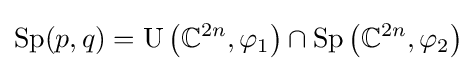
\mathrm {Sp} (p,q)=\mathrm {U} \left(\mathbb {C} ^{2n},\varphi _{1}\right)\cap \mathrm {Sp} \left(\mathbb {C} ^{2n},\varphi _{2}\right)